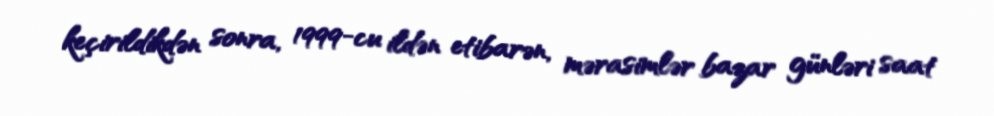
keçirildikdən sonra, 1999-cu ildən etibarən, mərasimlər bazar günləri saat